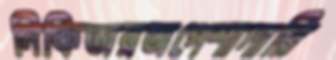
নিকিতারঅপেশাদারি